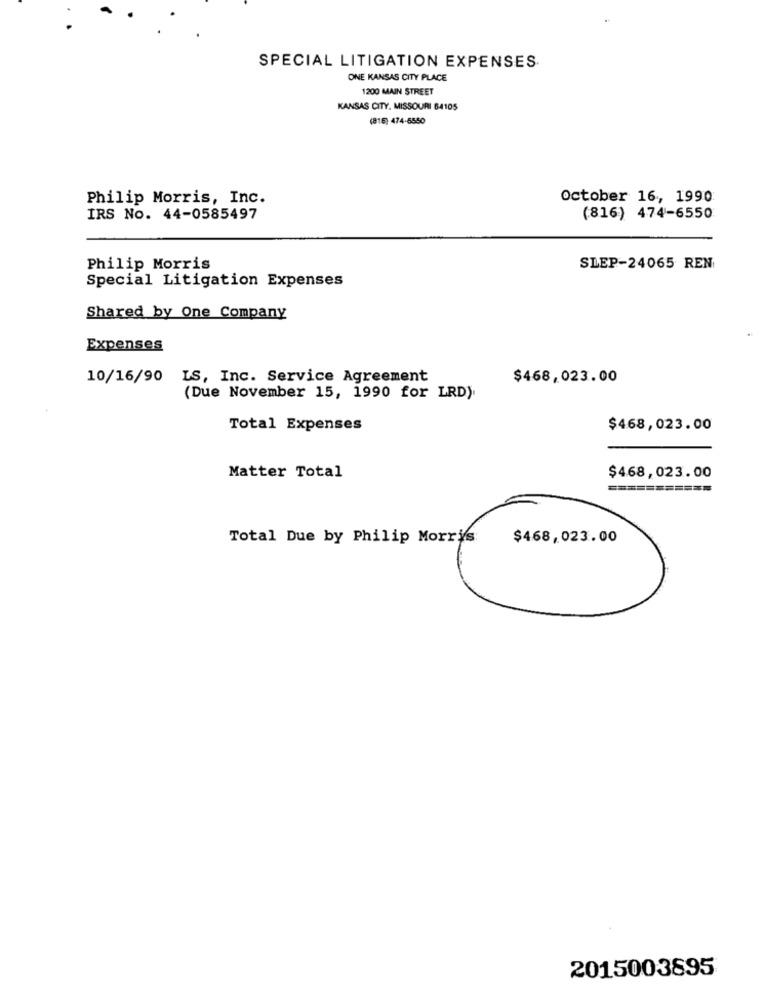
SPECIAL LITIGATION EXPENSES
ONE KANSAS CITY PLACE
1200 MAIN STREET
KANSAS CITY. MISSOURI 64105
(816) 474-6550
Philip Morris, Inc.
October 16, 1990
IRS No. 44-0585497
(816) 474-6550
Philip Morris
SLEP-24065 REN
Special Litigation Expenses
Shared by One Company
Expenses
10/16/90
IS, Inc. Service Agreement
$468,023.00
(Due November 15, 1990 for LRD).
Total Expenses
$468,023.00
Matter Total
$468,023.00
===========
Total Due by Philip Morris
$468,023.00
2015003895